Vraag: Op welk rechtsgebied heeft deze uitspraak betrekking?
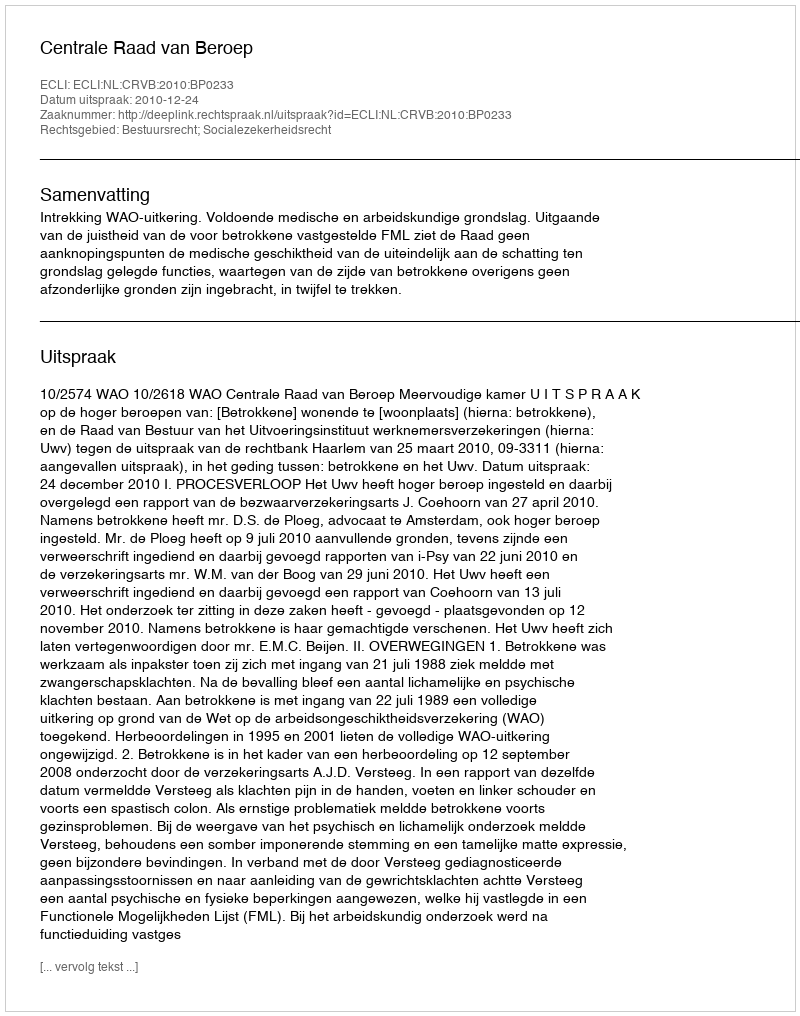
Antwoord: Bestuursrecht; Socialezekerheidsrecht